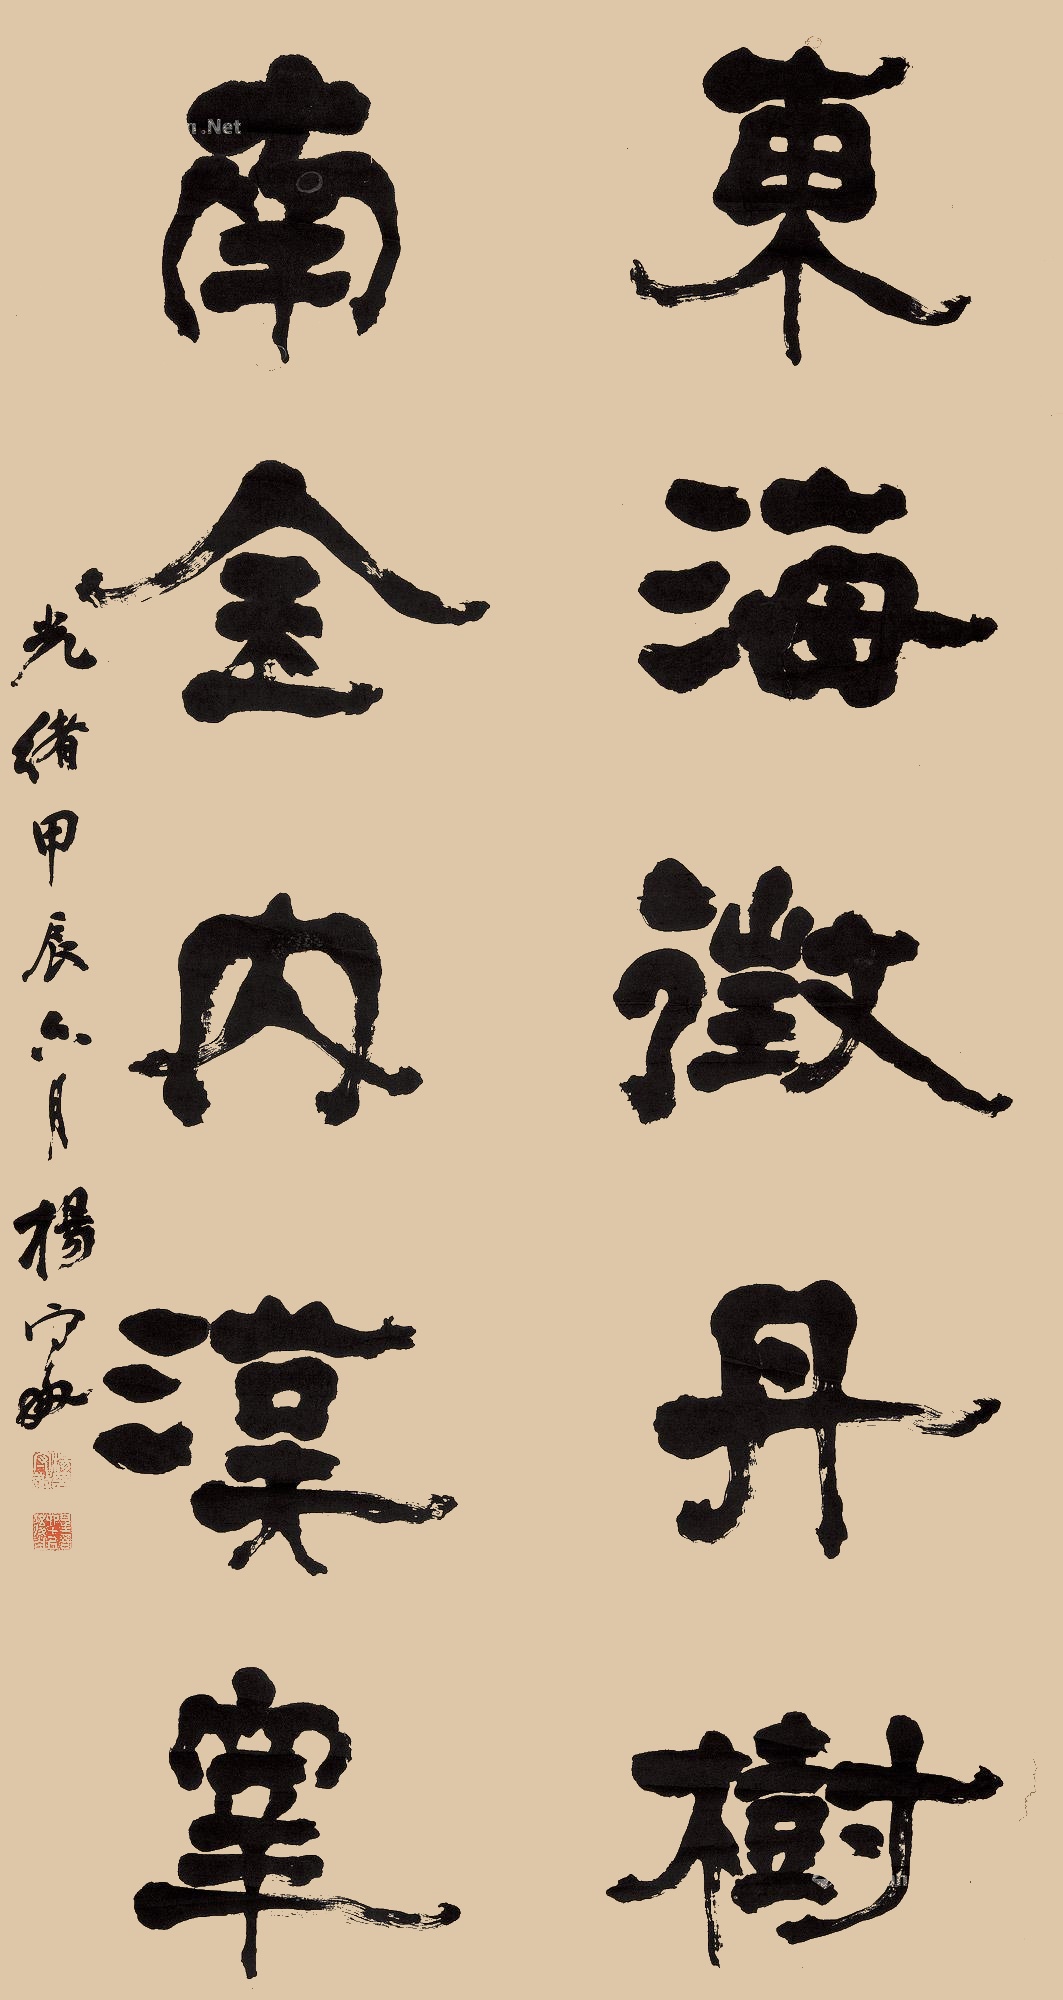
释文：东海征丹树，南金内汉宰。光绪甲辰六月，杨守敬。